Preliminary report on an investigation into the etiology of Oriental sore in Cambay - Number 50
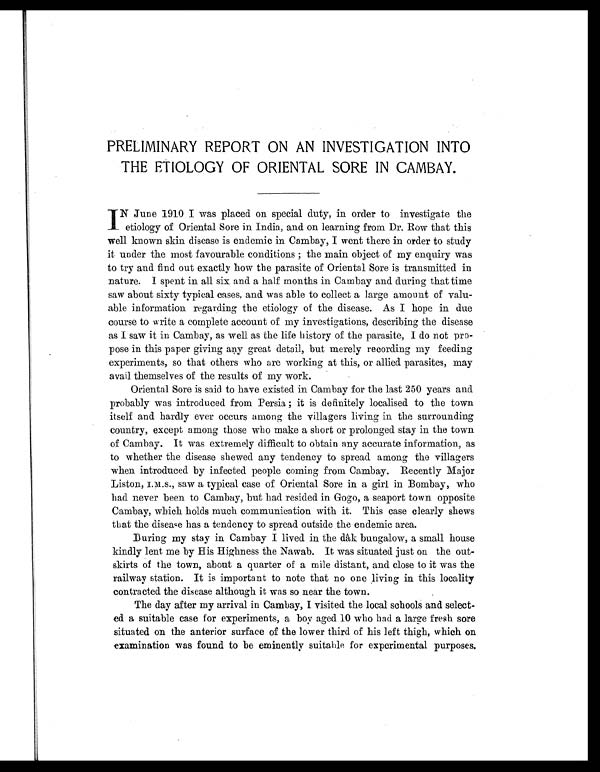
PRELIMINARY REPORT ON AN INVESTIGATION INTO
THE ETIOLOGY OF ORIENTAL SORE IN CAMBAY.
I N June 1910 I was placed on special duty, in order to investigate the
etiology of Oriental Sore in India, and on learning from Dr. Row that this
well known skin disease is endemic in Cambay, I went there in order to study
it under the most favourable conditions ; the main object of my enquiry was
to try and find out exactly how the parasite of Oriental Sore is transmitted in
nature. I spent in all six and a half months in Cambay and during that time
saw about sixty typical cases, and was able to collect a large amount of valu-
able information regarding the etiology of the disease. As I hope in due
course to write a complete account of my investigations, describing the disease
as I saw it in Cambay, as well as the life history of the parasite, I do not pro-
pose in this paper giving any great detail, but merely recording my feeding
experiments, so that others who are working at this, or allied parasites, may
avail themselves of the results of my work.
Oriental Sore is said to have existed in Cambay for the last 250 years and
probably was introduced from Persia ; it is definitely localised to the town
itself and hardly ever occurs among the villagers living in the surrounding
country, except among those who make a short or prolonged stay in the town
of Cambay. It was extremely difficult to obtain any accurate information, as
to whether the disease shewed any tendency to spread among the villagers
when introduced by infected people coming from Cambay. Recently Major
L i s t o n , I . M . S . , s a w a t y p i c a l c a s e o f O r i e n t a l S o r e i n a g i r l i n B o m b a y , w h o
had never been to Cambay, but had resided in Gogo, a seaport town opposite
Cambay, which holds much communication with it. This case clearly shews
that the disease has a tendency to spread outside the endemic area.
During my stay in Cambay I lived in the dâk bungalow, a small house
kindly lent me by His Highness the Nawab. It was situated just on the out-
skirts of the town, about a quarter of a mile distant, and close to it was the
railway station. It is important to note that no one living in this locality
contracted the disease although it was so near the town.
The day after my arrival in Cambay, I visited the local schools and select-
ed a suitable case for experiments, a boy aged 10 who had a large fresh sore
situated on the anterior surface of the lower third of his left thigh, which on
examination was found to be eminently suitable for experimental purposes.